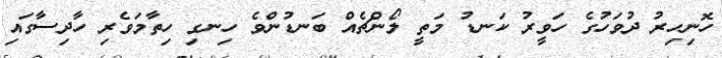
ހޮނިހިރު ދުވަހުގެ ހަވީރު ކަނޑު މަތީ ލޯންޗެއް ބަނޑުންވެ ހިނގި ހިތާމަވެރި ހާދިސާގައި